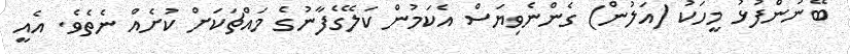
ބޭނުންފުޅު މީހަކު (އަލުން) ގެންނެވިޔަސް އެކަމުން ކަލޭގެފާނުގެ މައްޗަކަށް ކުށެއް ނެތެވެ. އެއީ